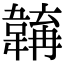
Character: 𩏎